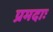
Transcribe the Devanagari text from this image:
प्रमदाः